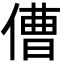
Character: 傮